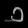
Digit: ၁